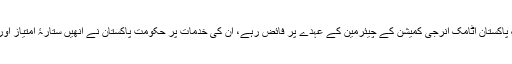
ڈاکٹر منیر 1991 تک پاکستان اٹامک انرجی کمیشن کے چیئرمین کے عہدے پر فائض رہے، ان کی خدمات پر حکومت پاکستان نے انھیں ستارۂ امتیاز اور ہلالِ امتیاز سے نوازا۔